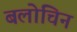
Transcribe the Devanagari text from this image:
बलोचिन